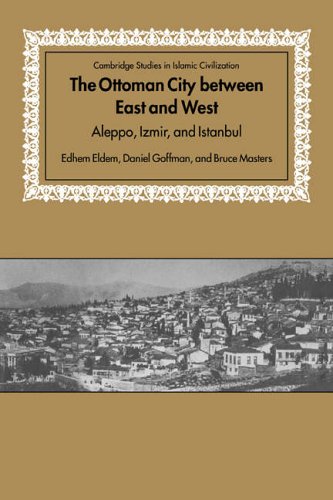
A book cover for The Ottoman City between East and West: Aleppo, Izmir, and Istanbul (Cambridge Studies in Islamic Civilization); Edhem Eldem; History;